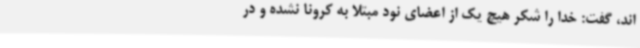
اند، گفت: خدا را شکر هیچ یک از اعضای نود مبتلا به کرونا نشده و در